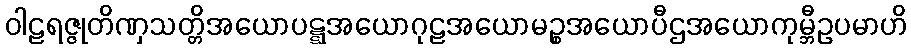
ဝါဠရဇ္ဇုတိဏှသတ္တိအယောပဋ္ဋအယောဂုဠအယောမဉ္စအယောပီဌအယောကုမ္ဘီဥပမာဟိ